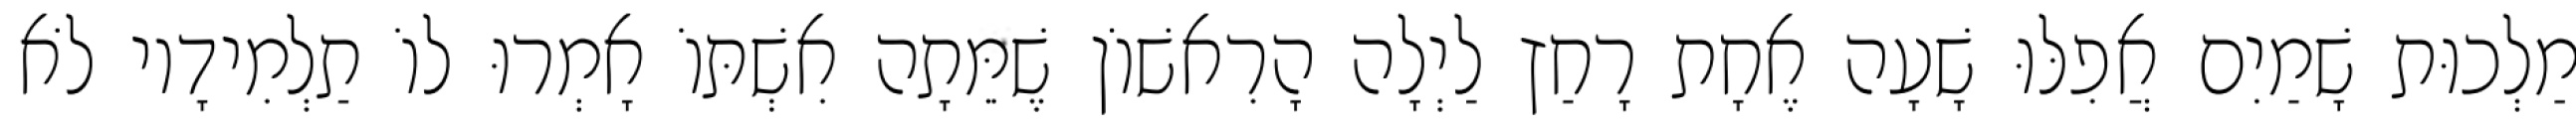
מַלְכוּת שָׁמַיִם אֲפִלּוּ שָׁעָה אֶחָת רָחַץ לַיְלָה הָרִאשׁוֹן שֶׁמֵּתָה אִשְׁתּוֹ אָמְרוּ לוֹ תַלְמִידָיו לֹא